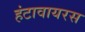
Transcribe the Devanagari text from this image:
हंटावायरस